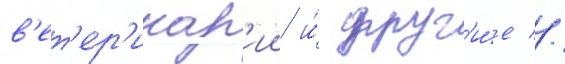
в'ет'ер'инар'ии и́ друг'и́е //